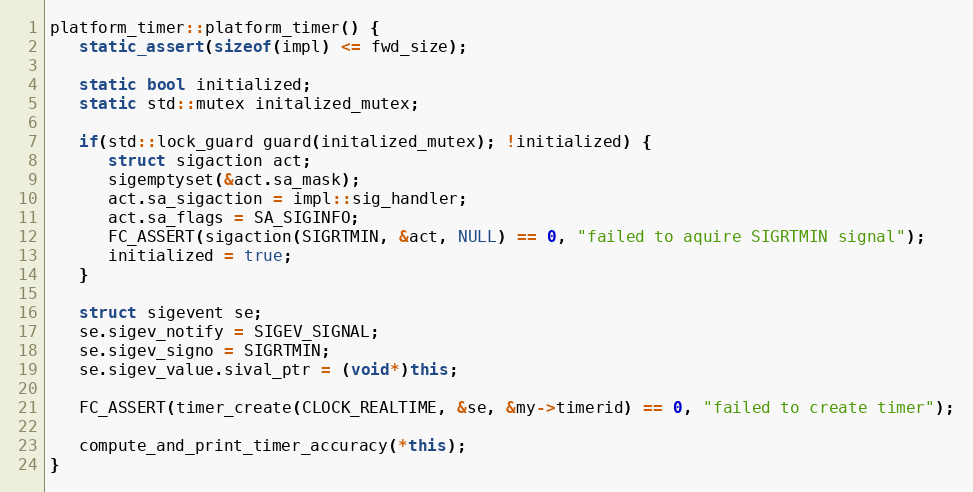
Language: C++
platform_timer::platform_timer() {
   static_assert(sizeof(impl) <= fwd_size);

   static bool initialized;
   static std::mutex initalized_mutex;

   if(std::lock_guard guard(initalized_mutex); !initialized) {
      struct sigaction act;
      sigemptyset(&act.sa_mask);
      act.sa_sigaction = impl::sig_handler;
      act.sa_flags = SA_SIGINFO;
      FC_ASSERT(sigaction(SIGRTMIN, &act, NULL) == 0, "failed to aquire SIGRTMIN signal");
      initialized = true;
   }

   struct sigevent se;
   se.sigev_notify = SIGEV_SIGNAL;
   se.sigev_signo = SIGRTMIN;
   se.sigev_value.sival_ptr = (void*)this;

   FC_ASSERT(timer_create(CLOCK_REALTIME, &se, &my->timerid) == 0, "failed to create timer");

   compute_and_print_timer_accuracy(*this);
}